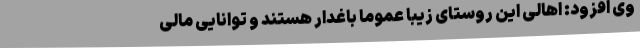
وی افزود: اهالی این روستای زیبا عموما باغدار هستند و توانایی مالی